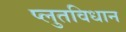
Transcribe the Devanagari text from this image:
प्लुतविधान